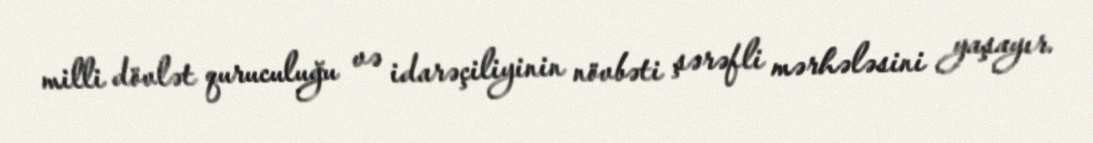
milli dövlət quruculuğu və idarəçiliyinin növbəti şərəfli mərhələsini yaşayır.